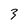
Character: 3